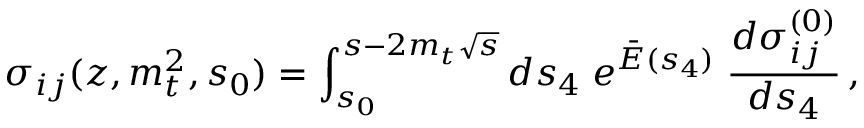
\sigma _ { i j } ( z , m _ { t } ^ { 2 } , s _ { 0 } ) = \int _ { s _ { 0 } } ^ { s - 2 m _ { t } \sqrt { s } } d s _ { 4 } \; e ^ { { \bar { E } } ( s _ { 4 } ) } \; { \frac { d \sigma _ { i j } ^ { ( 0 ) } } { d s _ { 4 } } } \, ,